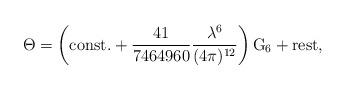
LaTeX: \begin{align*}\Theta =\left( {\rm const.}+{\frac{41}{7464960}}{\frac{\lambda ^{6}}{(4\pi)^{12}}}\right) {\rm {G}}_{6}+{\rm rest}, \end{align*}